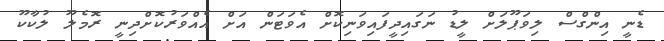
ޑެނީ އިންގްސް ލިވަޕޫލަށް ލީޑު ނަގައިދީފައިވަނިކޮށް އެވަޓަން އަށް އެއްވަރުކޮށްދިނީ ރޮމެލޫ ލުކާކޫ